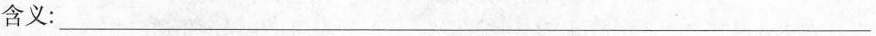
含义：___